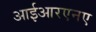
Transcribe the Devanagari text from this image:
आईआरएनए